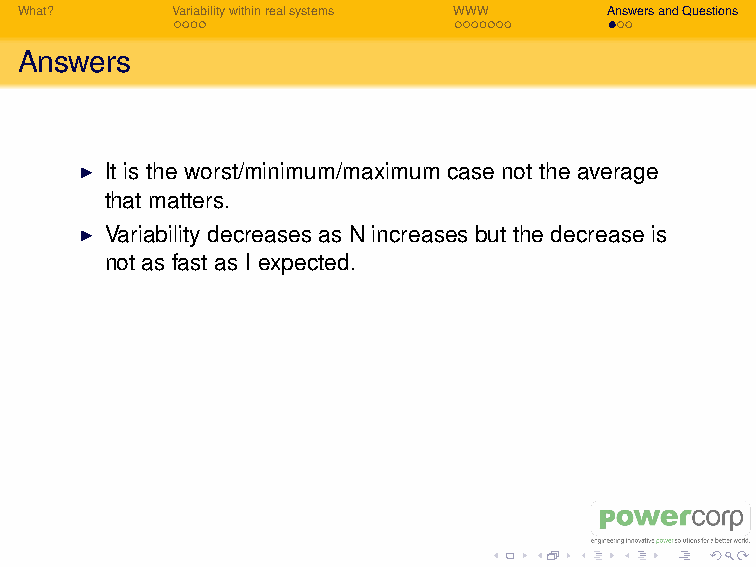
I Objections: but the real world is not the WWW! Well yes,
 but it sometimes looks mighty like it to me. The best way to
 understand a process is its limiting cases.
 I WARNING: variability is a problem that has been solved in
 Western Australia. For example Coral Bay runs at >91%
 Renewable Penetration using Induction Wind Turbine
 Generators.
 What?     Variabilitywithinrealsystems WWW AnswersandQuestions
 Answers
 I It is the worst/minimum/maximum case not the average
 that matters.
 I Variability decreases as N increases but the decrease is
 not as fast as I expected.